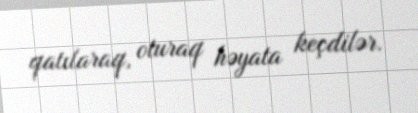
qatılaraq, oturaq həyata keçdilər.